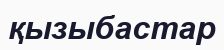
қызыбастар